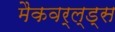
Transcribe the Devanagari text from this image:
मैकवर्ल्ड्स